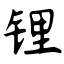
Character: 锂